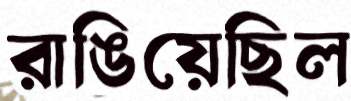
রাঙিয়েছিল